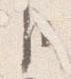
卜